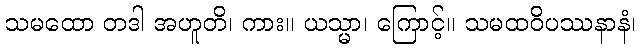
သမထော တဒါ အဟူတိ၊ ကား။ ယသ္မာ၊ ကြောင့်။ သမထဝိပဿနာနံ၊